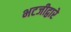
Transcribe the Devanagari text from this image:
भटजीद्वारे